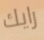
رايك